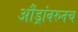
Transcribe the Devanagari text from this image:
औंड्रांवरुनच